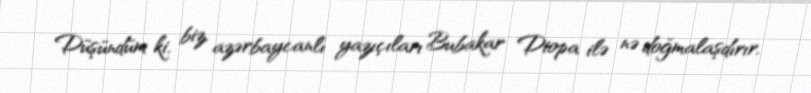
Düşündüm ki, biz, azərbaycanlı yazıçıları Bubakar Diopa ilə nə doğmalaşdırır,